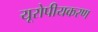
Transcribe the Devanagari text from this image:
यूरोपीयकरण